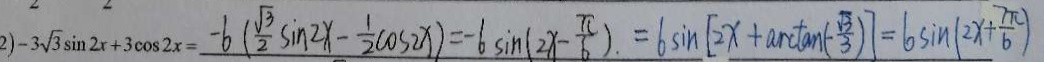
2 ) - 3 \sqrt { 3 } \sin 2 x + 3 \cos 2 x = - 6 ( \frac { \sqrt { 3 } } { 2 } \sin 2 x - \frac { 1 } { 2 } \cos 2 x ) = - 6 \sin ( 2 x - \frac { \pi } { 6 } ) = 6 \sin [ 2 x + \arctan ( \frac { 3 } { 3 } ) ] = 6 \sin ( 2 x + \frac { 7 \pi } { 6 } )